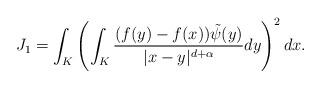
LaTeX: \begin{align*}J_1=\int_K\left(\int_{K} \frac{(f(y)-f(x))\tilde{\psi}(y)}{|x-y|^{d+\alpha}}dy\right)^2dx.\end{align*}